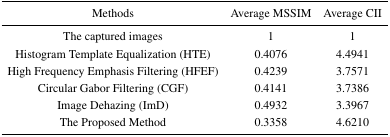
<table><thead><tr><td><b>Methods</b></td><td><b>Average MSSIM</b></td><td><b>Average CII</b></td></tr></thead><tbody><tr><td>The captured images</td><td>1</td><td>1</td></tr><tr><td>Histogram Template Equalization (HTE)</td><td>0.4076</td><td>4.4941</td></tr><tr><td>High Frequency Emphasis Filtering (HFEF)</td><td>0.4239</td><td>3.7571</td></tr><tr><td>Circular Gabor Filtering (CGF)</td><td>0.4141</td><td>3.7386</td></tr><tr><td>Image Dehazing (ImD)</td><td>0.4932</td><td>3.3967</td></tr><tr><td>The Proposed Method</td><td>0.3358</td><td>4.6210</td></tr></tbody></table>